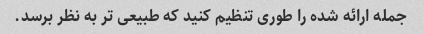
جمله ارائه شده را طوری تنظیم کنید که طبیعی تر به نظر برسد.